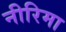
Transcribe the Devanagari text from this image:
नीरिमा